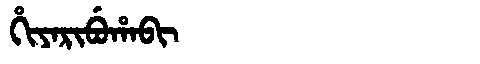
Manchu: ᡥᡳᠶᠠᡵᡳᠪᡠᡥᠠᠪᡳ
Romanization: HIYARIBUHABI